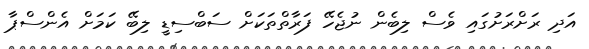
އަދި ރަށްރަށުގައި ވެސް ލިބެން ނުޖެހޭ ފަރާތްތަކަށް ސަބްސިޑީ ލިބޭ ކަމަށް އެންސްޕާ